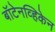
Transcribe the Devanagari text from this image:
बॉटेनव्हिकेन